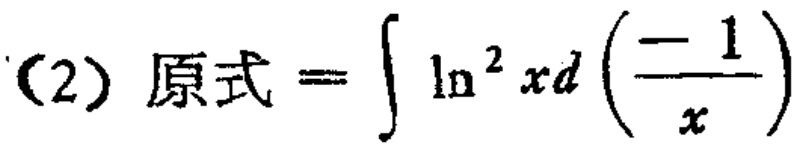
(2) 原式 \(=\int \ln^{2}x d\left(\frac{-1}{x}\right)\)